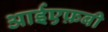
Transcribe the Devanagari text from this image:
आईएफ़बी